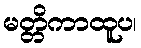
မတ္တိကာထူပ၊